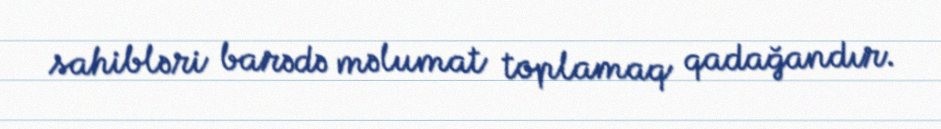
sahibləri barədə məlumat toplamaq qadağandır.